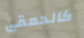
كالحمقى